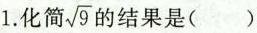
1.化简 \sqrt{9} 的结果是()